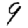
Digit: 9